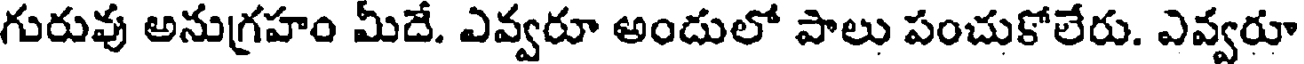
గురువు అనుగ్రహం మీదే. ఎవ్వరూ అందులో పాలు పంచుకోలేరు. ఎవ్వరూ